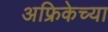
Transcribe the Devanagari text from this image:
अफ्रिकेच्या